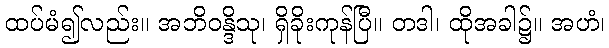
ထပ်မံ၍လည်း။ အဘိဝန္ဒိသု၊ ရှိခိုးကုန်ပြီ။ တဒါ၊ ထိုအခါ၌။ အဟံ၊